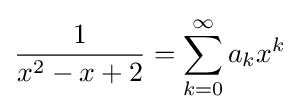
{\frac {1}{x^{2}-x+2}}=\sum _{k=0}^{\infty }a_{k}x^{k}